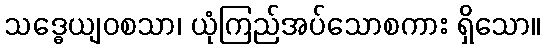
သဒ္ဓေယျဝစသာ၊ ယုံကြည်အပ်သောစကား ရှိသော။